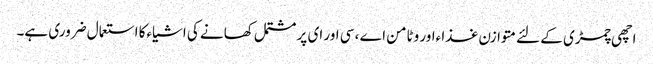
اچھی چمڑی کے لئے متوازن غذا ءاور وٹامن اے ، سی اور ای پر مشتمل کھانے کی اشیاءکا استعمال ضروری ہے۔